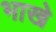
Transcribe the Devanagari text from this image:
भाखे